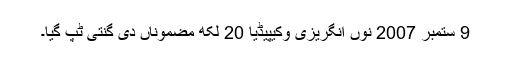
9 ستمبر 2007 نوں انگریزی وکیپیڈیا 20 لکھ مضموناں دی گنتی ٹپ گیا۔